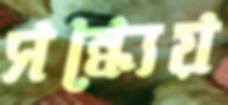
সন্ধ্যেয়